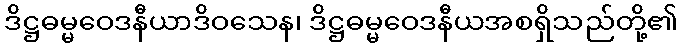
ဒိဋ္ဌဓမ္မဝေဒနီယာဒိဝသေန၊ ဒိဋ္ဌဓမ္မဝေဒနီယအစရှိသည်တို့၏